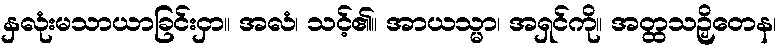
နှလုံးမသာယာခြင်းငှာ။ အလံ၊ သင့်၏။ အာယသ္မာ၊ အရှင်ကို။ အတ္ထသဉှိတေန၊